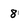
Character: 8